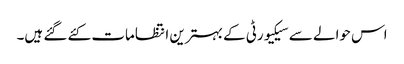
اس حوالے سے سیکیورٹی کے بہترین انتظامات کئے گئے ہیں۔